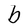
Character: b